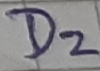
Text: D2